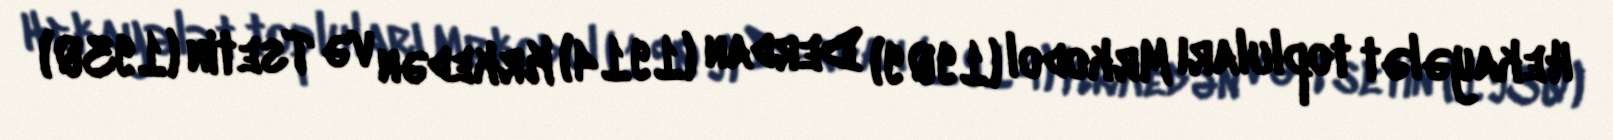
Hekayələt topluları Mrkodol (1909) Derdan (1914) Krkedən və Tsetin (1930)